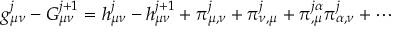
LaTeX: g _ { \mu \nu } ^ { j } - G _ { \mu \nu } ^ { j + 1 } = h _ { \mu \nu } ^ { j } - h _ { \mu \nu } ^ { j + 1 } + \pi _ { \mu , \nu } ^ { j } + \pi _ { \nu , \mu } ^ { j } + \pi _ { , \mu } ^ { j \alpha } \pi _ { \alpha , \nu } ^ { j } + \cdots